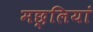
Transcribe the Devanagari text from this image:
मछ्लियां